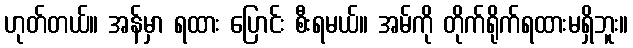
ဟုတ်တယ်။ အန်မှာ ရထား ပြောင်း စီးရမယ်။ အမ်ကို တိုက်ရိုက်ရထားမရှိဘူး။